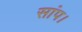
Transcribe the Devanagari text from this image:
सांप।